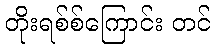
တိုးရစ်စ်ကြောင်း တင်